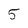
Character: 5